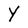
Character: Y